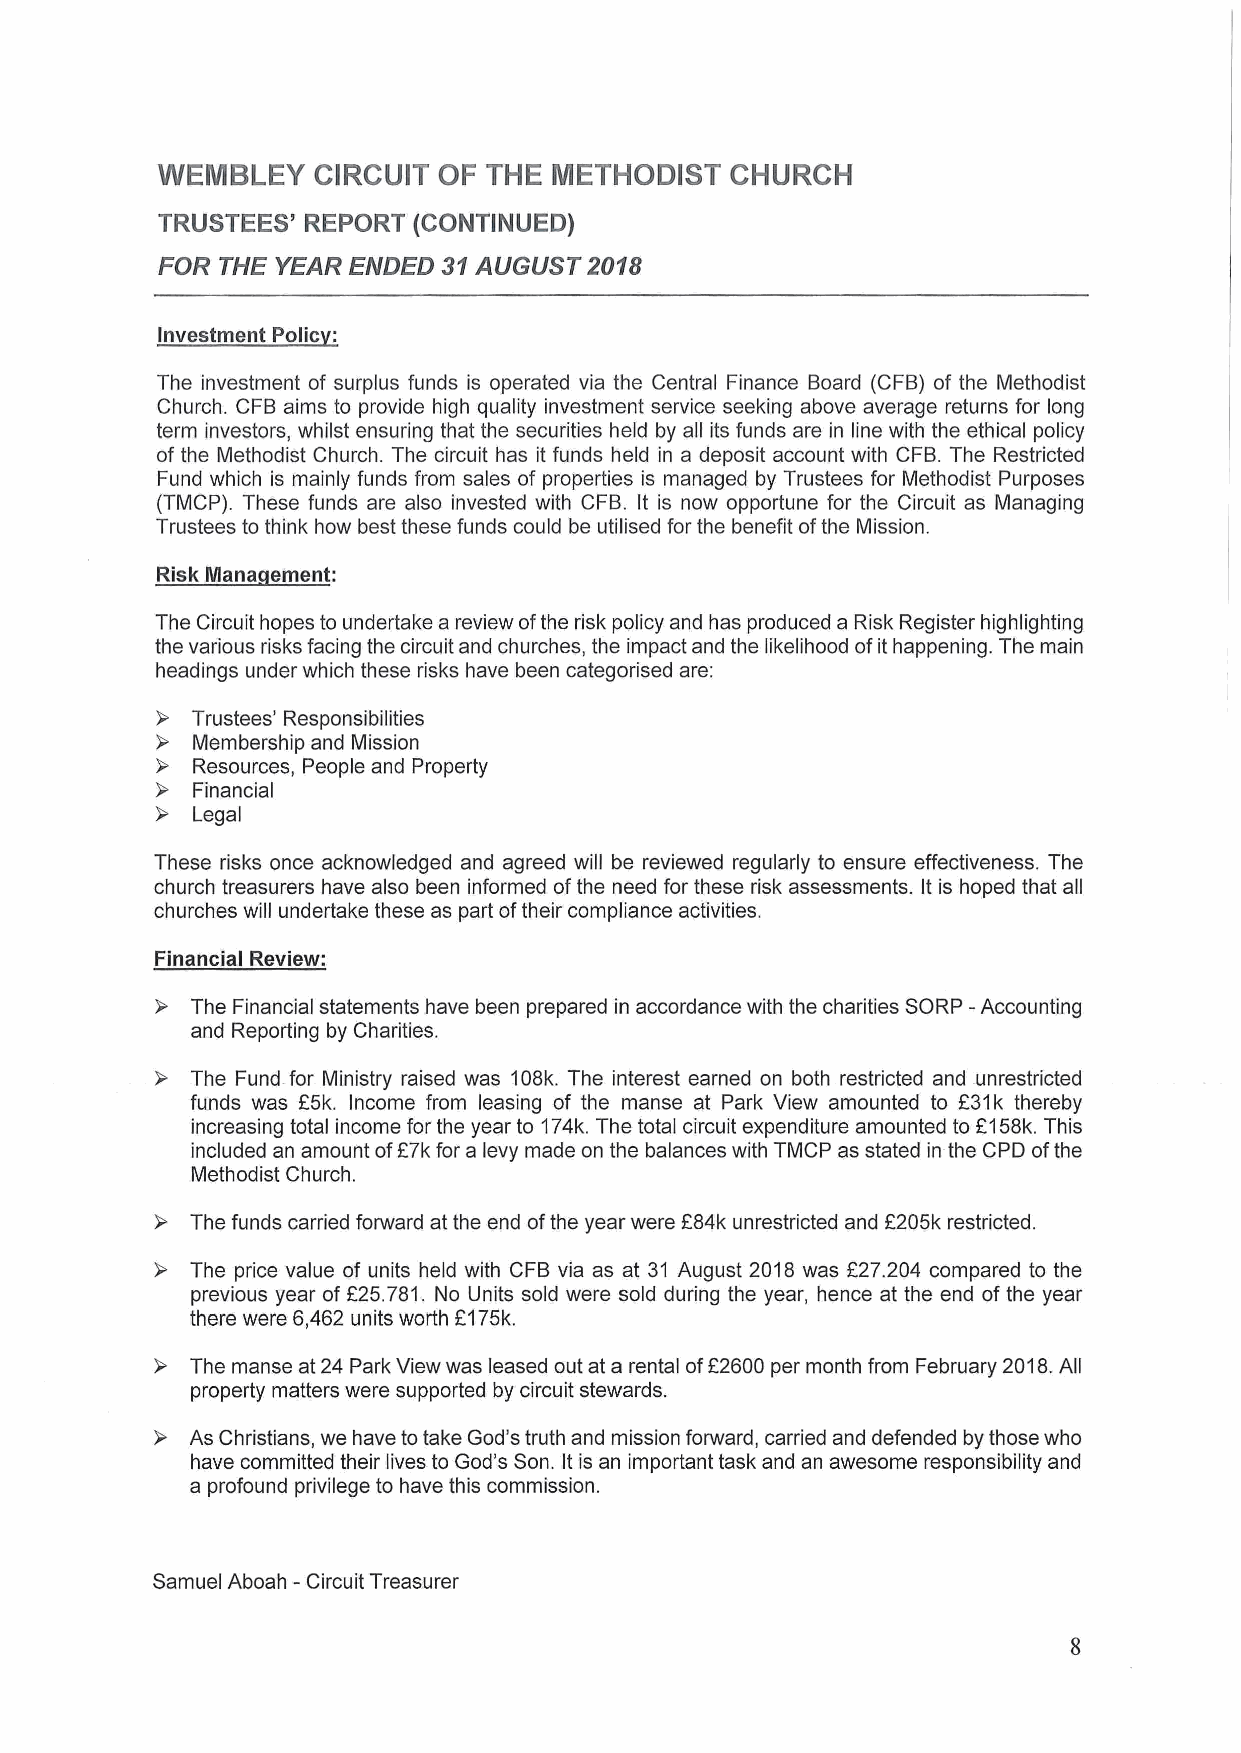
WEMBLEY    CIRCUIT OF THE  METHODIST  CHURCH
 TRUSTEES' REPORT (CONTINUED)
 FOR THE YEAR ENDED 31AUGUST  2018
 Investment Poiic
 The investment of surplus funds is operated via the Central Finance Board (CFB) of the Methodist
 Church. CFB aims to provide high quality investment service seeking above average returns for long
 term investors, whilst ensuring that the securities held by all its funds are in line with the ethical policy
 of the Methodist Church. The circuit has it funds held in a deposit account with CFB.The Restricted
 Fund which is mainly funds from sales of properties is managed by Trustees for Methodist Purposes
 (TMCP). These funds are also invested with CFB. It is now opportune for the Circuit as Managing
 Trustees to think how best these funds could be utilised for the benefit ofthe Mission.
 Risk Mana ement:
 The Circuit hopes to undertake a review ofthe risk policy and has produced a Risk Register highlighting
 the various risks facing the circuit and churches, the impact and the likelihood ofit happening. The main
 headings under which these risks have been categorised are:
 Trustees' Responsibilities
 Membership and Mission
 Resources, People and Property
 Financial
 Legal
 These risks once acknowledged and agreed will be reviewed regularly to ensure effectiveness. The
 church treasurers have also been informed ofthe need for these risk assessments. It is hoped that all
 churches will undertake these as part oftheir compliance activities.
 Financial Review:
 The Financial statements have been prepared in accordance with the charities SORP —Accounting
 and Reporting by Charities.
 The Fund for Ministry raised was 108k. The interest earned on both restricted and unrestricted
 funds was 25k. Income from leasing of the manse at Park View amounted to 631k thereby
 increasing total income for the year to 174k.The total circuit expenditure amounted to E158k.This
 included an amount of87k for a levy made on the balances with TMCP as stated in the CPD ofthe
 Methodist Church.
 The funds carried forward at the end ofthe year were 284k unrestricted and 6205k restricted.
 The price value of units held with CFB via as at 31 August 2018 was 227.204 compared to the
 previous year of F25.781. No Units sold were sold during the year, hence at the end ofthe year
 there were 6,462 units worth E175k.
 f
 The manse at 24 Park View was leased out at a rental of 2600 per month from February 2018. All
 property matters were supported by circuit stewards.
 As Christians, we have to take God's truth and mission forward, carried and defended by those who
 have committed their lives to God's Son. It is an important task and an awesome responsibility and
 a profound privilege to have this commission.
 Samuel Aboah —Circuit Treasurer